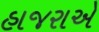
હાજરાએ